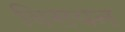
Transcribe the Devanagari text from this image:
विसयन